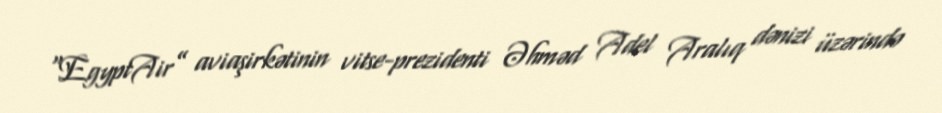
“EgyptAir” aviaşirkətinin vitse-prezidenti Əhməd Adel Aralıq dənizi üzərində